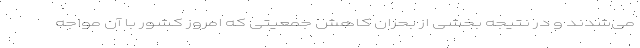
می‌شدند و در نتیجه بخشی از بحران کاهش جمعیتی که امروز کشور با آن مواجه